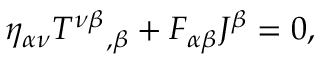
\eta _ { \alpha \nu } { T ^ { \nu \beta } } _ { , \beta } + F _ { \alpha \beta } J ^ { \beta } = 0 ,